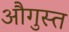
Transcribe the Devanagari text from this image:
औगुस्त